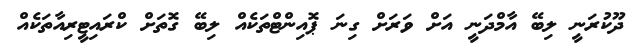
ދޫކުރަނީ ލިބޭ އާމްދަނީ އަށް ވަރަށް ގިނަ ޕޮއިންޓްތަކެއް ލިބޭ ގޮތަށް ކްރައިޓީރިއާތަކެއް